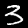
Label: 3